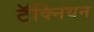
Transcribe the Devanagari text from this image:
टॅक्नियन